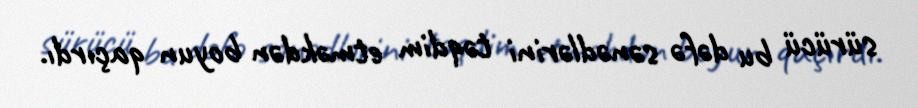
sürücü bu dəfə sənədlərini təqdim etməkdən boyun qaçırdı.